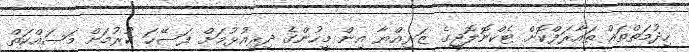
ހިދުމަތްތައް ތައާރަފްކޮށް ޓެކްނޮލޮޖީގެ ޒަރިއްޔާ އިން މީހުންގެ ދިރިއުޅުމަށް ފަސޭހަ ކުރުމަށް މަސައްކަތް